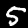
Label: 5